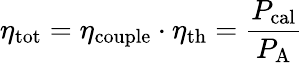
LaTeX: \eta_{\mathrm{tot}}=\eta_{\mathrm{couple}}\cdot\eta_{\mathrm{th}}=\frac{P_{\mathrm{cal}}}{P_{\mathrm{A}}}